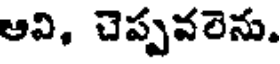
ఆవి, చెప్పవలెను.